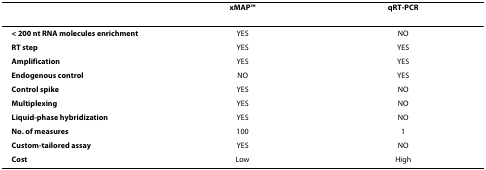
<table><thead><tr><td></td><td><b>xMAPTM</b></td><td><b>qRT-PCR</b></td></tr></thead><tbody><tr><td><b>&lt; 200 nt RNA molecules enrichment</b></td><td>YES</td><td>NO</td></tr><tr><td><b>RT step</b></td><td>YES</td><td>YES</td></tr><tr><td><b>Amplification</b></td><td>YES</td><td>YES</td></tr><tr><td><b>Endogenous control</b></td><td>NO</td><td>YES</td></tr><tr><td><b>Control spike</b></td><td>YES</td><td>NO</td></tr><tr><td><b>Multiplexing</b></td><td>YES</td><td>NO</td></tr><tr><td><b>Liquid-phase hybridization</b></td><td>YES</td><td>NO</td></tr><tr><td><b>No. of measures</b></td><td>100</td><td>1</td></tr><tr><td><b>Custom-tailored assay</b></td><td>YES</td><td>NO</td></tr><tr><td><b>Cost</b></td><td>Low</td><td>High</td></tr></tbody></table>